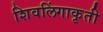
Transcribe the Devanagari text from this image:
शिवलिंगाकृती